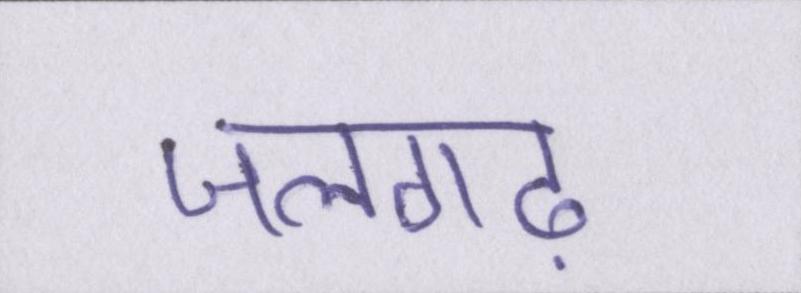
जलगढ़